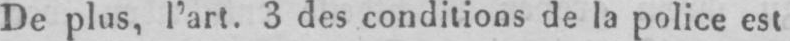
De plus, l’art. 3 des conditions de la police est